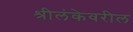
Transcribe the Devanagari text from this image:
श्रीलंकेवरील